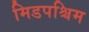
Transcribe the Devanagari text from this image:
मिडपश्चिम